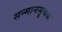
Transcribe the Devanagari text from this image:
सन्मानसूचक